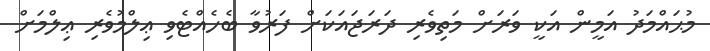
މުޙައްމަދު އަމީން އަކީ ވަރަށް މަތިވެރި ދަރަޖައަކަށް ފަރުވާ ބެހެއްޓެވި ޢިލްމުވެރި ޢިލްމަށް